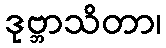
ဒုဗ္ဘာသိတာ၊